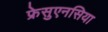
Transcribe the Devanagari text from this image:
फ्रेसुएनसिया